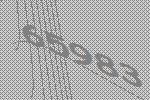
65983